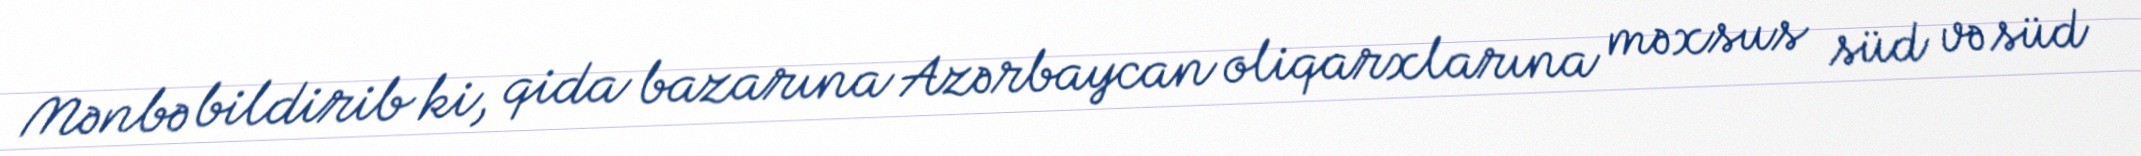
Mənbə bildirib ki, qida bazarına Azərbaycan oliqarxlarına məxsus süd və süd